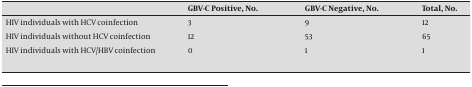
|  | GBV-C Positive, No. | GBV-C Negative, No. | Total, No. |
 | --- | --- | --- | --- |
 | HIV individuals with HCV coinfection | 3 | 9 | 12 |
 | HIV individuals without HCV coinfection | 12 | 53 | 65 |
 | HIV individuals with HCV/HBV coinfection | 0 | 1 | 1 |